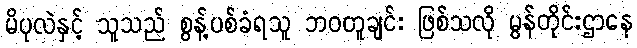
မိပုလဲနှင့် သူသည် စွန့်ပစ်ခံရသူ ဘဝတူချင်း ဖြစ်သလို မွန်တိုင်းဌာနေ